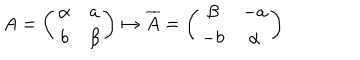
A = \left( \begin{matrix} { { \alpha } } & { { a } } \\ { { b } } & { { \beta } } \\ \end{matrix} \right) \mapsto \overline { { { A } } } = \left( \begin{matrix} { { \beta } } & { { - a } } \\ { { - b } } & { { \alpha } } \\ \end{matrix} \right)